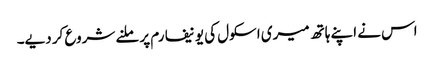
اس نے اپنے ہاتھ میری اسکول کی یونیفارم پر ملنے شروع کر دیے۔